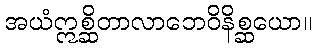
အယံဣစ္ဆိတာလာဘေဝိနိစ္ဆယော။